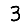
Digit: 3